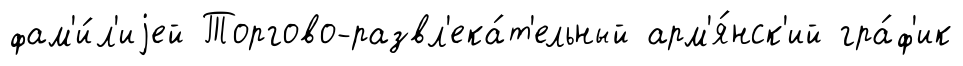
фам'и́л'иjей Торгово-развл'ека́т'ельный арм'я́нск'ий гра́ф'ик